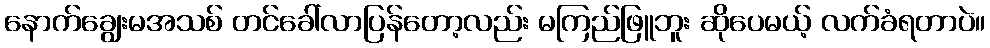
နောက်ချွေးမအသစ် တင်ခေါ်လာပြန်တော့လည်း မကြည်ဖြူဘူး ဆိုပေမယ့် လက်ခံရတာပဲ။